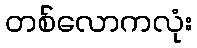
တစ်လောကလုံး